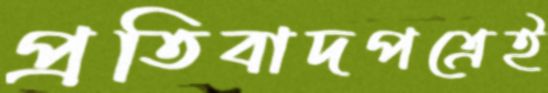
প্রতিবাদপত্রেই